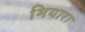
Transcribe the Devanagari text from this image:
मियारा